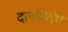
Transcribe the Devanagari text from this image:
दलविशेष